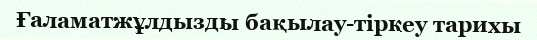
Ғаламатжұлдызды бақылау-тіркеу тарихы